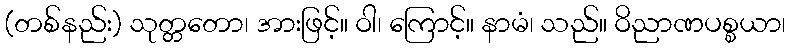
(တစ်နည်း) သုတ္တတော၊ အားဖြင့်။ ဝါ၊ ကြောင့်။ နာမံ၊ သည်။ ဝိညာဏပစ္စယာ၊